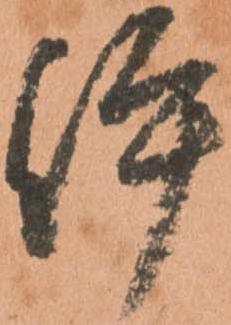
伊